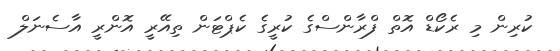
ކުރިން މި ރެކޯޑް އޮތް ފްރާންސްގެ ކުރީގެ ކެޕްޓަން ތިއޭރީ އޮންރީ އާސެނަލް